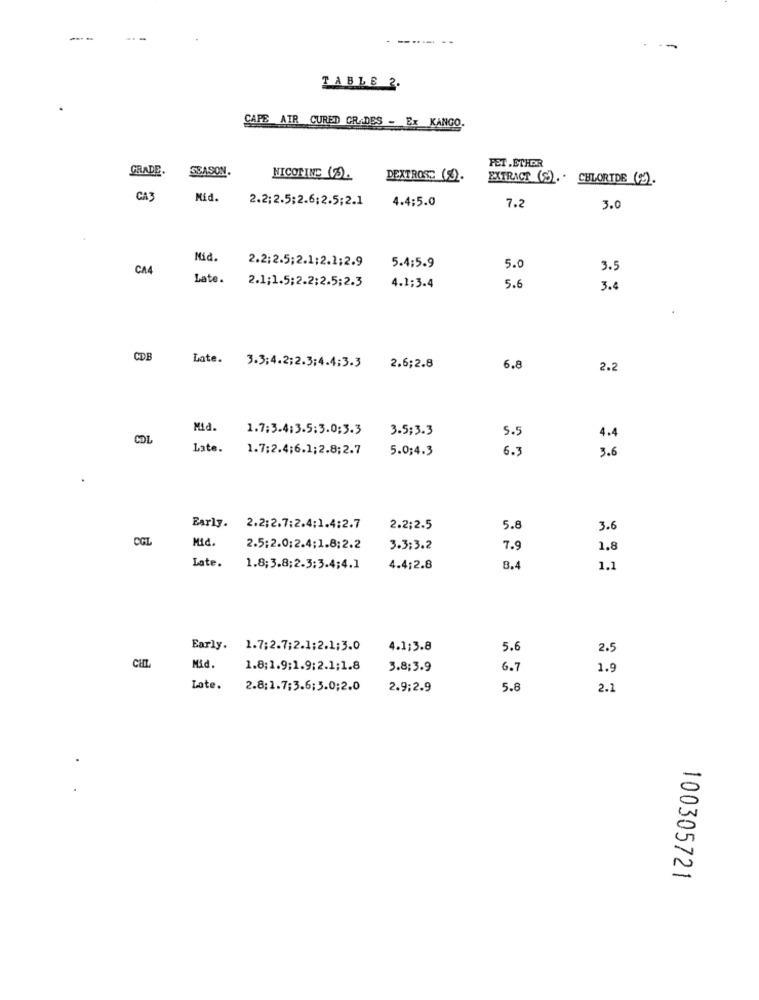
------ --
TABLE 2.
CAPE AIR CURED GRADES - Ex KANGO.
FET.ETHOR
GRADE.
SEASON.
NICOTINE (3).
DEXTROSE (3).
EXTRACT (S) ..
CHLORIDE (2).
CA3
Mid.
2.2:2.5;2.6;2.5;2.1
4.4:5.0
7.2
3.0
Mid.
2.2;2.5;2.1;2.1;2.9
5.0
CA4
5.4:5.9
3.5
Late.
2.1;1.5;2.2;2.5;2.3
5.6
4.1;3.4
3.4
CDB
Late. 3.3;4.2;2.3;4.4:3.3 2.6;2.8
6.8
2.2
Mid.
1.7;3.4:3.5:3.0;3.3
3.5;3.3
5.5
CDL
4.4
Late.
1.7:2.4;6.1;2.8;2.7
5.0;4.3
6.
3 .6
Early. 2.2;2.7:2.4:1.4:2.7
2.2;2.5
5.8
3.6
CGL
Mid.
2.5:2.0:2.4;1.8;2.2
3.3:3.2
7.9
1.8
Late.
1.8;3.8;2.3:3.4;4.1
4.4:2.8
8.4
1.1
Early.
1.7:2.7;2.1;2.1;3.0
4.1;3.8
5.6
2.5
CHn.
Mid.
1.8;1.9;1.9;2.1;1.8
3.8;3.9
6.7
1.9
Late.
2.8;1.7:3.6;3.0;2.0
2.9;2.9
5.8
2.1
100305721